Vaccine operations Central Provinces 1900-1911 - 1900-1911
Year: 1900
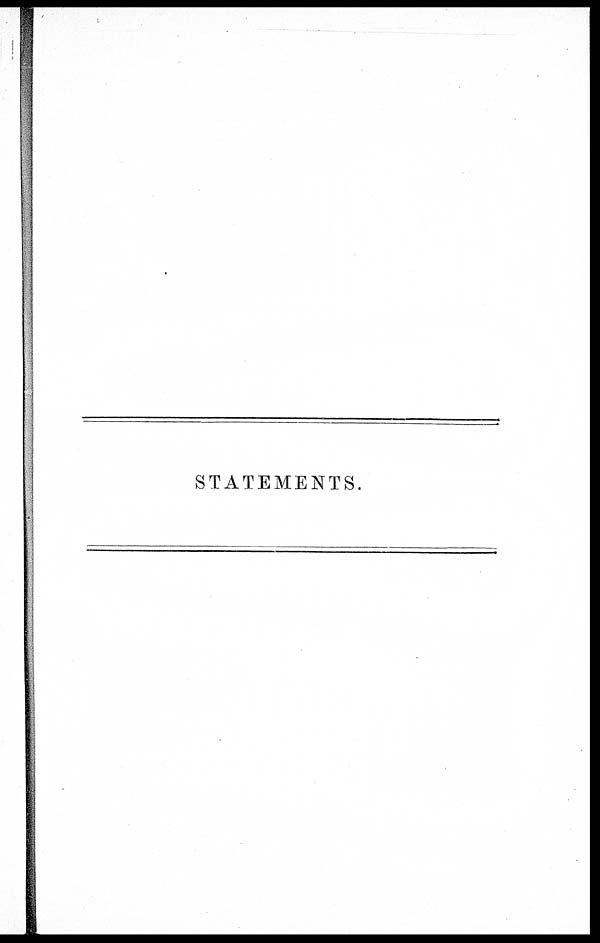
STATEMENTS.